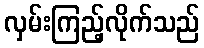
လှမ်းကြည့်လိုက်သည်